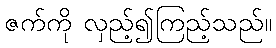
ဇက်ကို လှည့်၍ကြည့်သည်။